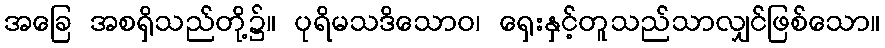
အခြေ အစရှိသည်တို့၌။ ပုရိမသဒိသောဝ၊ ရှေးနှင့်တူသည်သာလျှင်ဖြစ်သော။